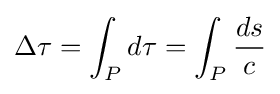
\Delta \tau =\int _{P}d\tau =\int _{P}{\frac {ds}{c}}